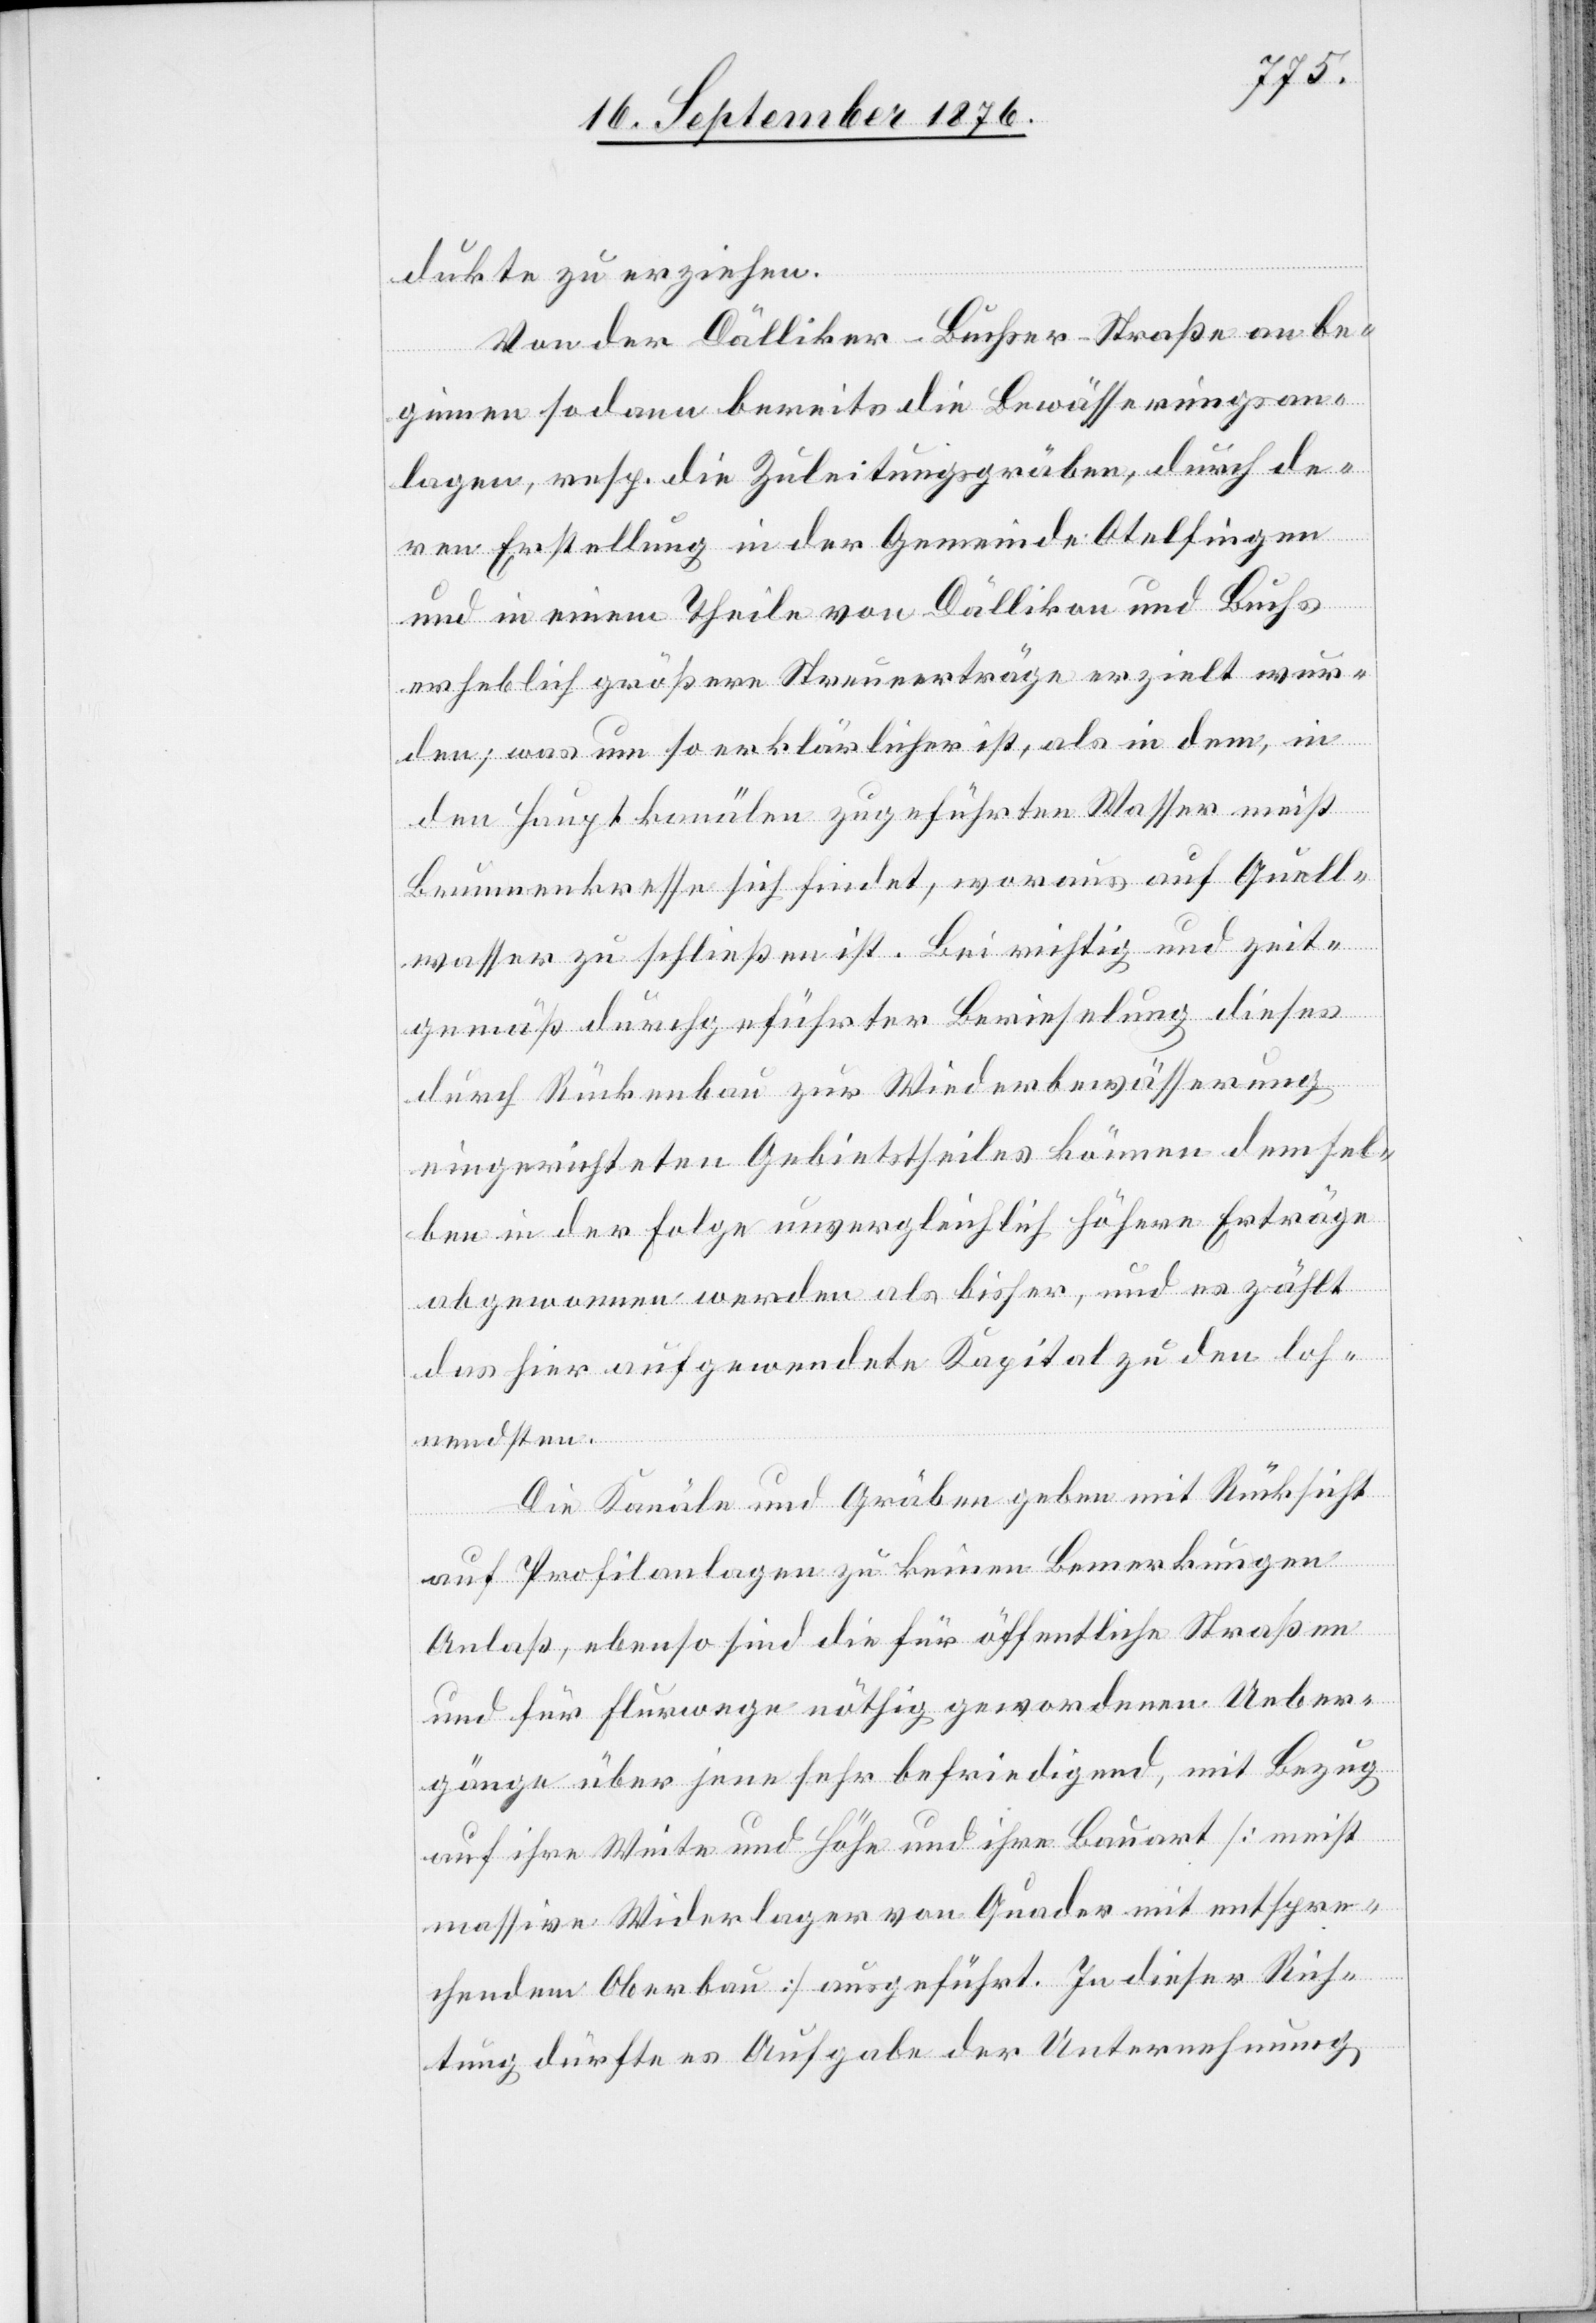
dukte zur erziehen.
Von der Dälliker–Buchser-Straße an be¬
ginnen sodann bereits die Bewässerungsan¬
lagen, resp. die Zuleitungsgräben, durch de¬
ren Erstellung in der Gemeinde Otelfingen
und in einem Theile von Dällikon und Buchs
erheblich größere Steuererträge erzielt wur¬
den; was um so erklärlicher ist, als in dem, in
den Hauptkanälen zugeführten Wasser nicht
Brunnenkresse sich findet, woraus auf Quell¬
wasser zu schließen ist. Bei richtig und zeit¬
gemäß durchgeführter Berieselung dieses
durch Rückenbau zur Wiederbewässerung
eingerichteten Gebietstheiles können demsel¬
ben in der Folge unvergleichlich höhere Erträge
abgenommen werden als bisher, und es zählt
das hier aufgewendete Kapital zu den loh¬
nendsten.
Die Kanäle und Gräben geben mit Rücksicht
auf Profilanlagen zu keinen Bemerkungen
Anlaß, ebenso sind die für öffentliche Straßen
und für Flurwege nöthig gewordenen Ueber¬
gänge über jene sehr befriedigend, mit Bezug
auf ihre Weite und Höhe und ihre Bauart [meist
massive Widerlager von Quader mit entspre¬
chendem Oberbau] ausgeführt. In dieser Rich¬
tung dürfte es Aufgabe der Unternehmung